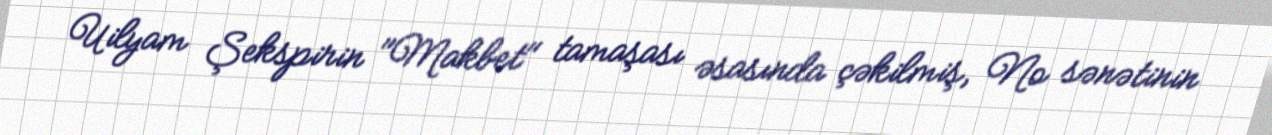
Uilyam Şekspirin "Makbet" tamaşası əsasında çəkilmiş, No sənətinin